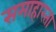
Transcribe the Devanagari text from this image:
समाहारता